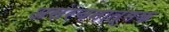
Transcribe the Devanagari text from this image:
असंरचनात्मक